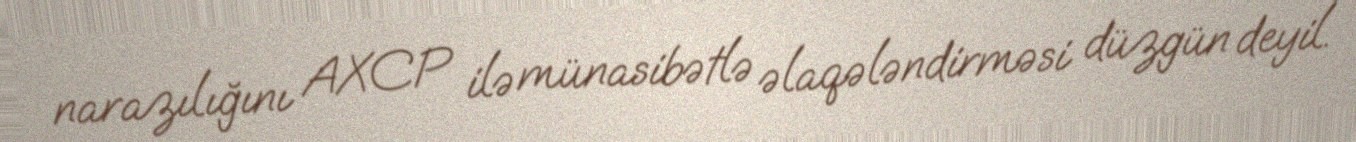
narazılığını AXCP ilə münasibətlə əlaqələndirməsi düzgün deyil.